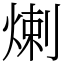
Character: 𤊶